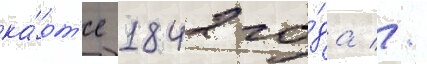
ка́рт'е 1842 го́да //